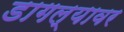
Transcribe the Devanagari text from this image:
डागल्यावर